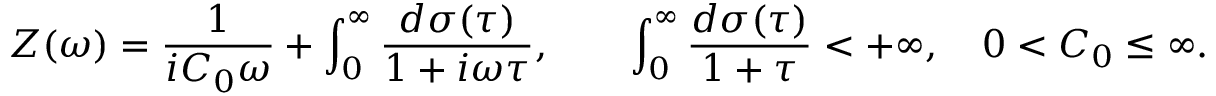
Z ( \omega ) = \displaystyle \frac { 1 } { i C _ { 0 } \omega } + \int _ { 0 } ^ { \infty } \frac { d \sigma ( \tau ) } { 1 + i \omega \tau } , \qquad \int _ { 0 } ^ { \infty } \frac { d \sigma ( \tau ) } { 1 + \tau } < + \infty , \quad 0 < C _ { 0 } \le \infty .